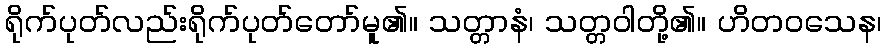
ရိုက်ပုတ်လည်းရိုက်ပုတ်တော်မူ၏။ သတ္တာနံ၊ သတ္တဝါတို့၏။ ဟိတဝသေန၊